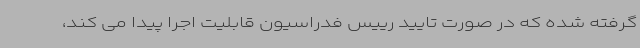
گرفته شده که در صورت تایید رییس فدراسیون قابلیت اجرا پیدا می کند،